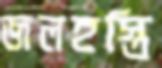
জলহস্তি